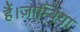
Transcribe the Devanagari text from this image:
हैं।ज़ाम्बिया